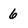
Character: 6